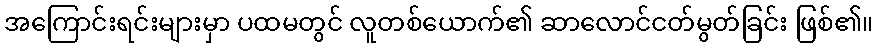
အကြောင်းရင်းများမှာ ပထမတွင် လူတစ်ယောက်၏ ဆာလောင်ငတ်မွတ်ခြင်း ဖြစ်၏။